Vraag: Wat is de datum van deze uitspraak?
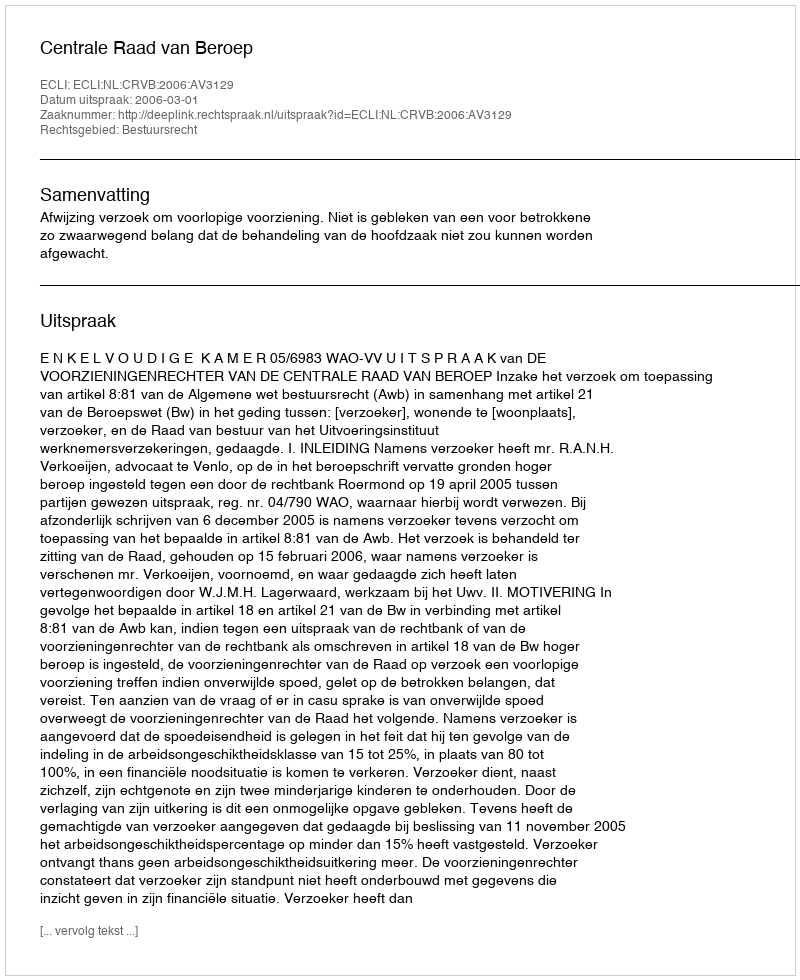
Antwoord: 2006-03-01